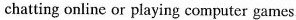
chatting online or playing computer games.